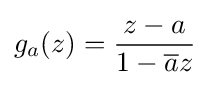
g_{a}(z)={z-a \over 1-{\overline {a}}z}